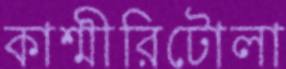
কাশ্মীরিটোলা